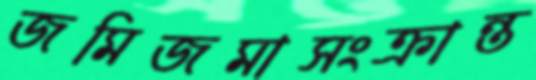
জমিজমাসংক্রান্ত